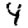
Digit: 4